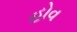
હોવ